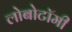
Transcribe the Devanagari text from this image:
लोबोटॉमी